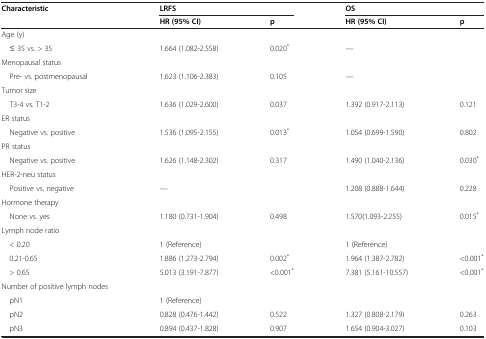
| Characteristic | <COLSPAN=2> LRFS | <COLSPAN=2> OS |
 |  | HR (95% CI) | p | HR (95% CI) | p |
 | --- | --- | --- | --- | --- |
 | Age (y) |  |  |  |  |
 | ≤ 35 vs. > 35 | 1.664 (1.082-2.558) | 0.020* | — |  |
 | Menopausal status |  |  |  |  |
 | Pre- vs. postmenopausal | 1.623 (1.106-2.383) | 0.105 | — |  |
 | Tumor size |  |  |  |  |
 | T3-4 vs. T1-2 | 1.636 (1.029-2.600) | 0.037 | 1.392 (0.917-2.113) | 0.121 |
 | ER status |  |  |  |  |
 | Negative vs. positive | 1.536 (1.095-2.155) | 0.013* | 1.054 (0.699-1.590) | 0.802 |
 | PR status |  |  |  |  |
 | Negative vs. positive | 1.626 (1.148-2.302) | 0.317 | 1.490 (1.040-2.136) | 0.030* |
 | HER-2-neu status |  |  |  |  |
 | Positive vs. negative | — |  | 1.208 (0.888-1.644) | 0.228 |
 | Hormone therapy |  |  |  |  |
 | None vs. yes | 1.180 (0.731-1.904) | 0.498 | 1.570(1.093-2.255) | 0.015* |
 | Lymph node ratio |  |  |  |  |
 | < 0.20 | 1 (Reference) |  | 1 (Reference) |  |
 | 0.21-0.65 | 1.886 (1.273-2.794) | 0.002* | 1.964 (1.387-2.782) | <0.001* |
 | > 0.65 | 5.013 (3.191-7.877) | <0.001* | 7.381 (5.161-10.557) | <0.001* |
 | Number of positive lymph nodes |  |  |  |  |
 | pN1 | 1 (Reference) |  |  |  |
 | pN2 | 0.828 (0.476-1.442) | 0.522 | 1.327 (0.808-2.179) | 0.263 |
 | pN3 | 0.894 (0.437-1.828) | 0.907 | 1.654 (0.904-3.027) | 0.103 |